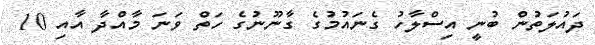
ދައުލަތުން ބުނީ އިސްލާހު ގެނައުމުގެ ގާނޫނުގެ ހަތް ވަނަ މާއްދާ އާއި 10